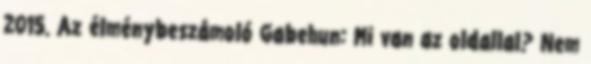
2015. Az élménybeszámoló Gabehun: Mi van az oldallal? Nem